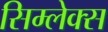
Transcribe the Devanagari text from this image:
सिम्लेक्स